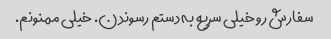
سفارش رو خیلی سریع به دستم رسوندن. خیلی ممنونم.